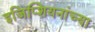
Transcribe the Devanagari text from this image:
इजिप्शियनांच्या